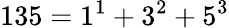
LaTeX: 135=1^{1}+3^{2}+5^{3}